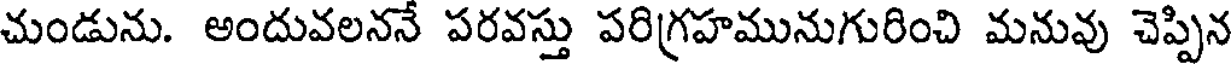
చుండును. అందువలననే పరవస్తు పరిగ్రహమునుగురించి మనువు చెప్పిన